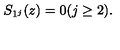
S _ { 1 ^ { j } } ( z ) = 0 ( j \geq 2 ) .